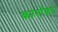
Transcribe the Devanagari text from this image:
कारोबर